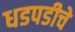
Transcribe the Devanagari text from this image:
धडपडीचे